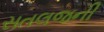
સતલજની